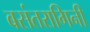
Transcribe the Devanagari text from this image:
बसंतरागिनी